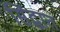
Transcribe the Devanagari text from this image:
सिंद्धात